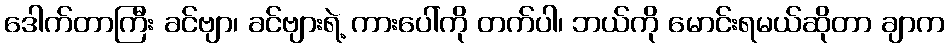
ဒေါက်တာကြီး ခင်ဗျာ၊ ခင်ဗျားရဲ့ ကားပေါ်ကို တက်ပါ၊ ဘယ်ကို မောင်းရမယ်ဆိုတာ ချာက